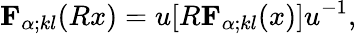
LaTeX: {\mathbf{F}}_{\alpha;kl}(Rx)=u[R{\mathbf{F}}_{\alpha;kl}(x)]u^{-1},